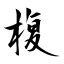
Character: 椱